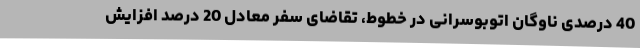
40 درصدی ناوگان اتوبوسرانی در خطوط، تقاضای سفر معادل 20 درصد افزایش